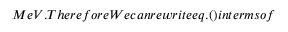
M e V . T h e r e f o r e W e c a n r e w r i t e e q . ( ) i n t e r m s o f